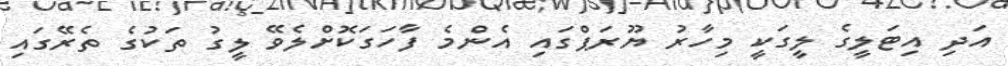
އަދި އިޓަލީގެ ލީގަކީ މިހާރު ޔޫރަޕްގައި އެންމެ ފާހަގަކޮށްލެވޭ ލީގު ތަކުގެ ތެރޭގައި